NAE_EAOK_eestikeelsed_sunnimeetrikad, lk 40
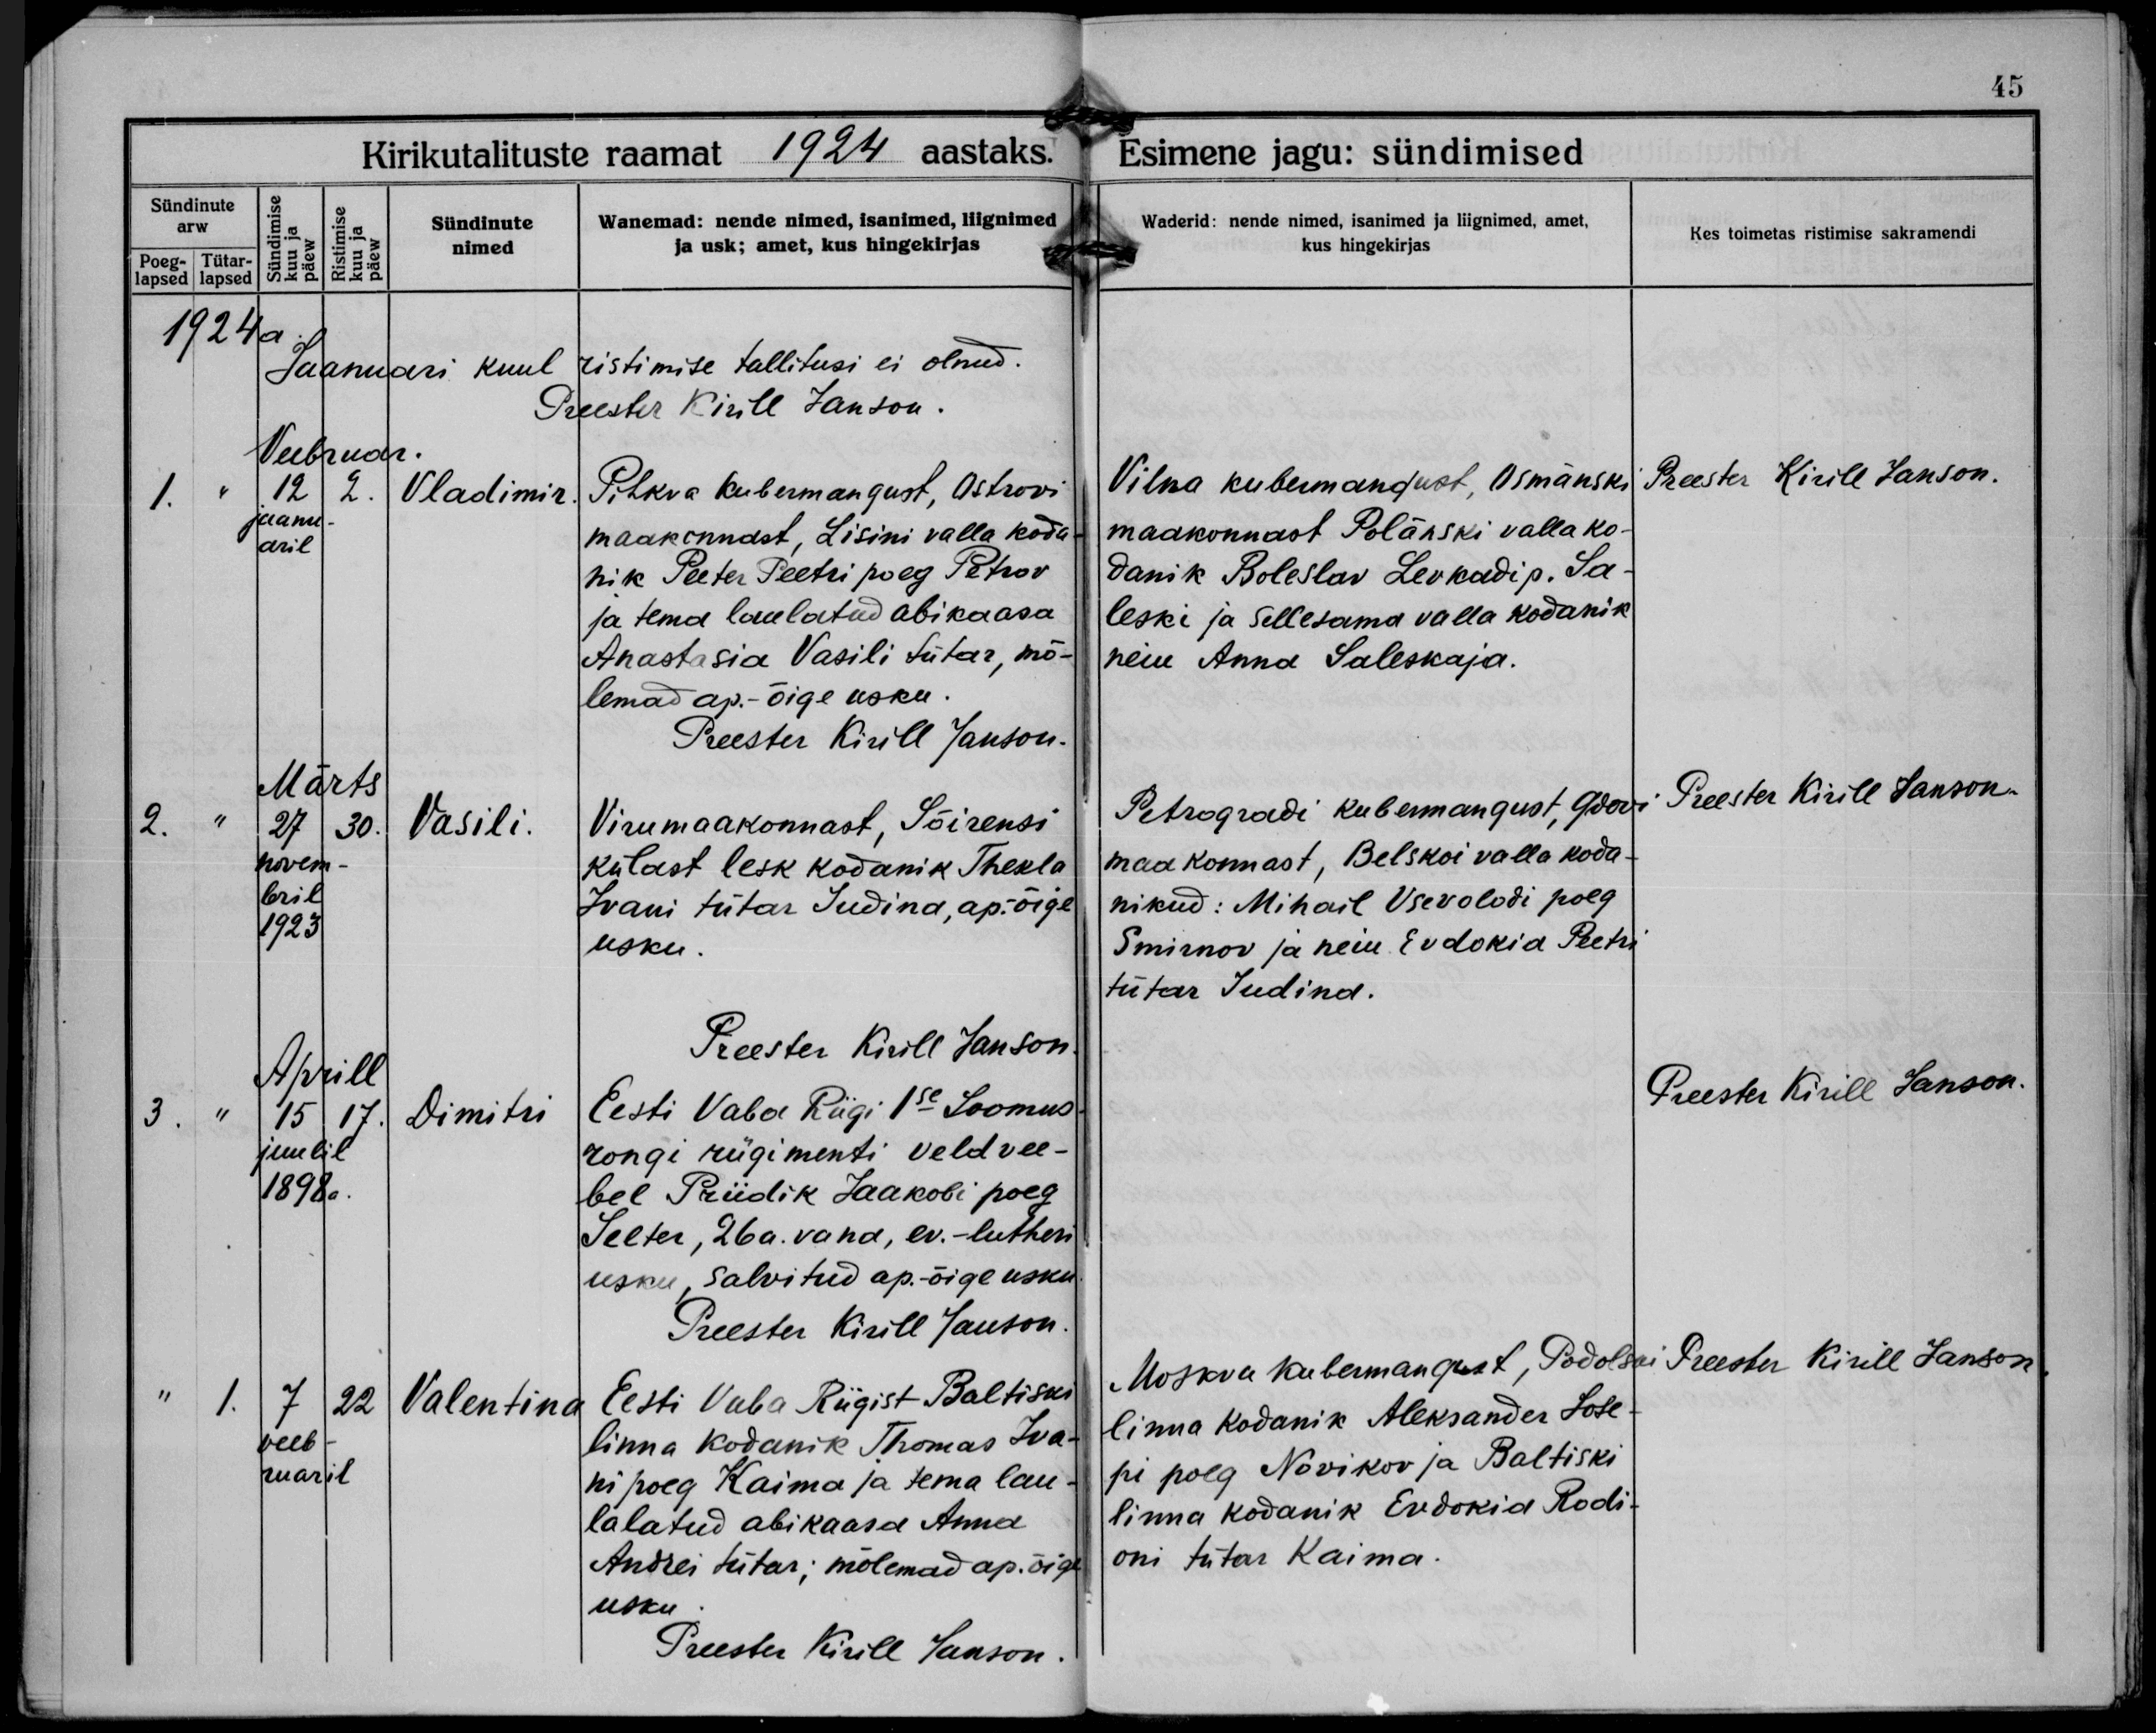
Vladimir.

Vasili.

Dimitri

Valentina

Pihkva kubermangust, Ostrovi
maakonnast, Lisini valla koda-
nik Peeter Peetri poeg Petrov
ja tema laulaud abikaasa
Anastasia Vasili tütar, mõ-
lemad ap.-õige usku.

Viru maakonnast, Sõirensi
külast lesk kodanik Thekla
Ivani tütar Judina, ap.-õige
usku.

Eesti Vaba Riigi Ise Soomus-
rongi rügimenti veldvee-
bel Priidik Jaakobi poeg
Seeter, 26a. vana, ev.-lutheri
usku, salvitud ap.-õige usku.

Eesti Vaba Riigist Baltiski
linna kodanik Thomas Iva-
ni poed Kaima ja tema lau-
lalatud abikaasa Anna
Andrei tütar; mõlemad ap. õige
usku.